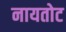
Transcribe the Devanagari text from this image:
नायतोट